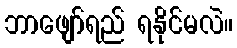
ဘာဖျော်ရည် ရနိုင်မလဲ။